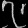
Digit: ၇